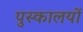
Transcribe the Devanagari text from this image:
पुस्कालयों